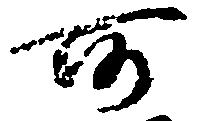
所